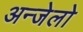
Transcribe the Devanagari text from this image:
अन्जेलो